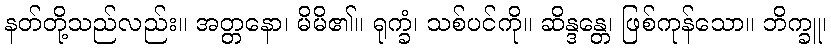
နတ်တို့သည်လည်း။ အတ္တနော၊ မိမိ၏။ ရုက္ခံ၊ သစ်ပင်ကို။ ဆိန္ဒန္တေ၊ ဖြစ်ကုန်သော။ ဘိက္ခူ၊